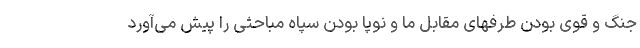
جنگ و قوی بودن طرفهای مقابل ما و نوپا بودن سپاه مباحثی را پیش می‌آورد